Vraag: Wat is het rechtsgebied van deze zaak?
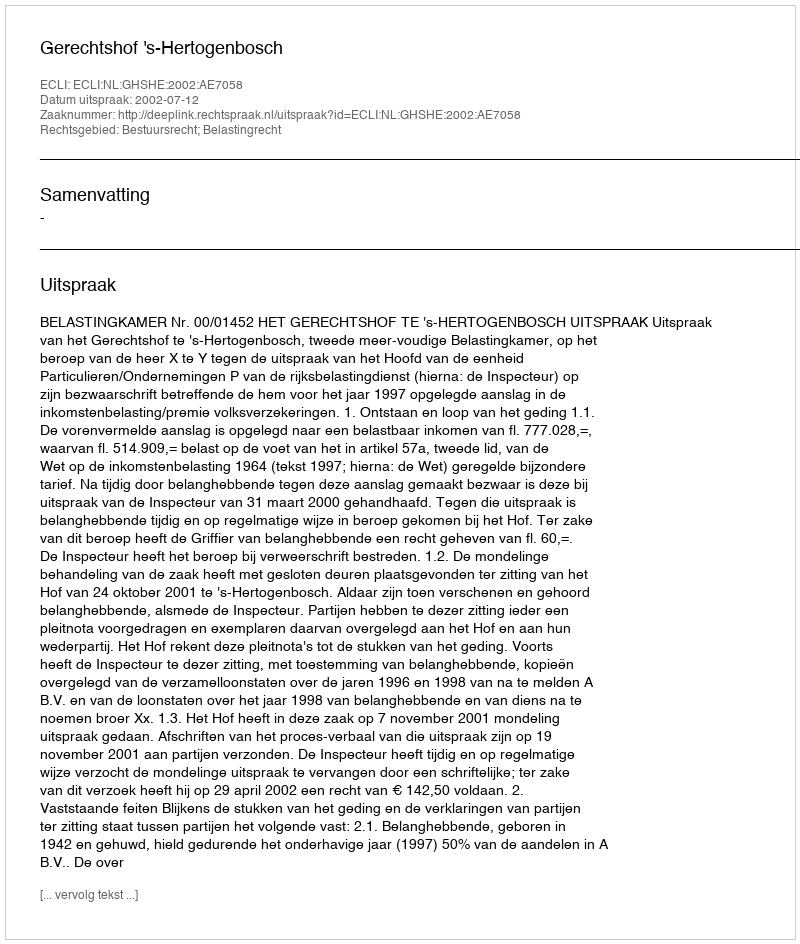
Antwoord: Bestuursrecht; Belastingrecht